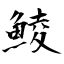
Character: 鯪